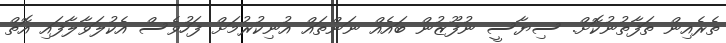
ތެރެއިން ތަފާތުނުކޮށް. ސިޔާސީ ނުފޫޒުން ބައެއް ނަންތައް އުނިކުރުމަށް ފަހުވެސް އެކުލަވާލާފައި އޮތް